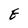
Character: E